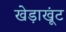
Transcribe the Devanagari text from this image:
खेड़ाखूंट